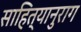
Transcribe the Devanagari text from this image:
साहित्यानुराग